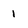
Character: 1